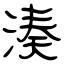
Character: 湊